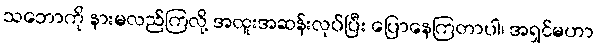
သဘောကို နားမလည်ကြလို့ အထူးအဆန်းလုပ်ပြီး ပြောနေကြတာပါ၊ အရှင်မဟာ